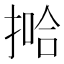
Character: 𫽞